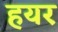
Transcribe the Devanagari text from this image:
हयर